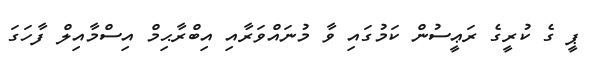
ޕީ ގެ ކުރީގެ ރަޢީސުން ކަމުގައި ވާ މުނައްވަރާއި އިބްރާޙިމް އިސްމާއިލް ފާހަގަ